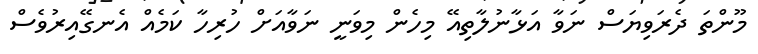
މޫންތަ ދެރަވިޔަސް ނަވާ އަޅާނުލާތިއޭ މިހެން މިވަނީ ނަވާއަށް ހުރިހާ ކަމެއް އެނގޭއިރުވެސް